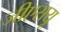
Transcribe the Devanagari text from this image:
जीएसयू